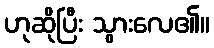
ဟုဆိုပြီး သွားလေ၏။